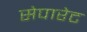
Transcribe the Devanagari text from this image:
सेपारेट